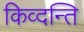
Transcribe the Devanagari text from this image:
किव्दन्ति